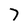
Character: 7